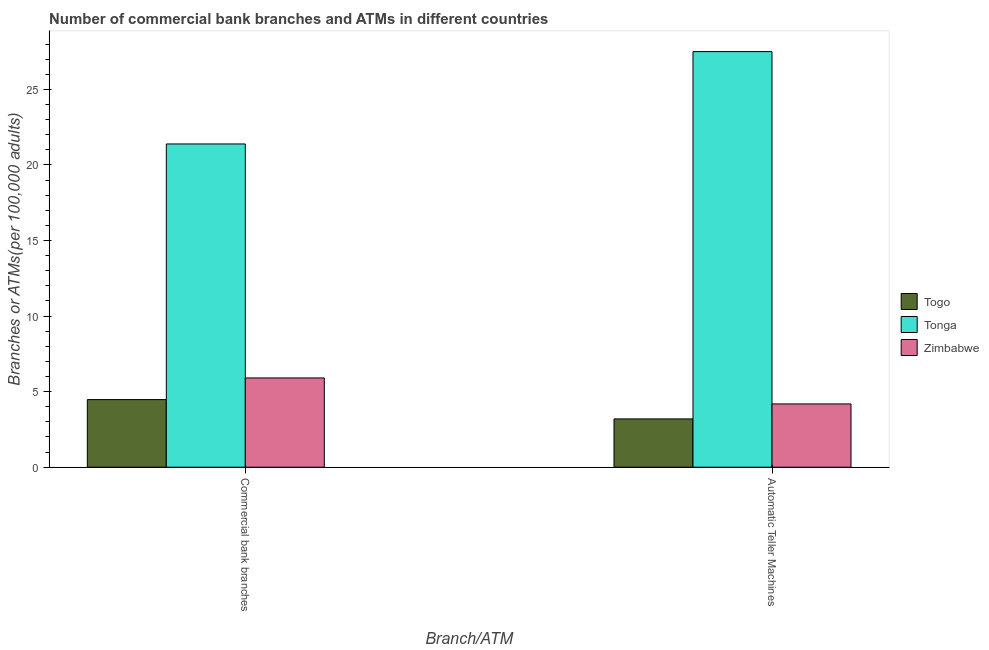
| Branch/ATM | Togo | Tonga | Zimbabwe |
 | --- | --- | --- | --- |
 | Commercial bank branches | 4.47 | 21.4 | 5.91 |
 | Automatic Teller Machines | 3.2 | 27.5 | 4.19 |